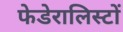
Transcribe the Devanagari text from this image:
फेडेरालिस्टों